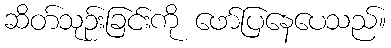
ဆိတ်သုဉ်းခြင်းကို ဖော်ပြနေပေသည်။